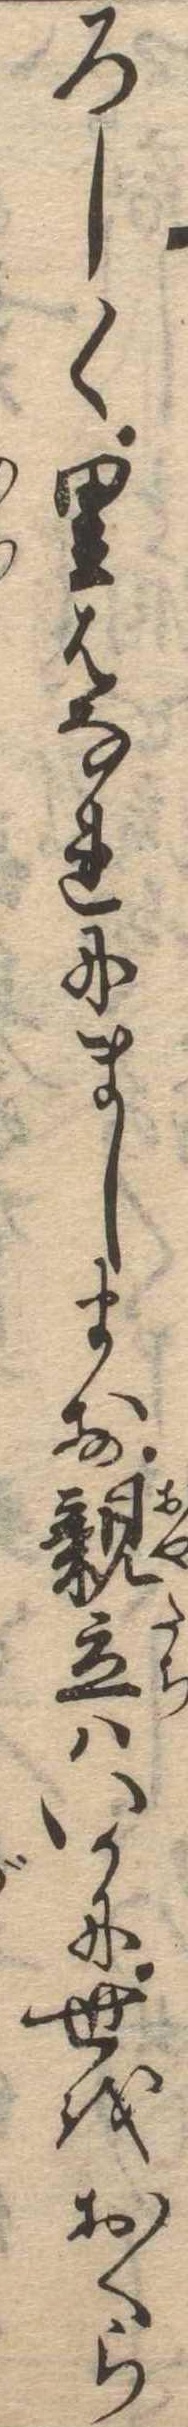
ろしく里はなれにまします親達はいかに世をおくら